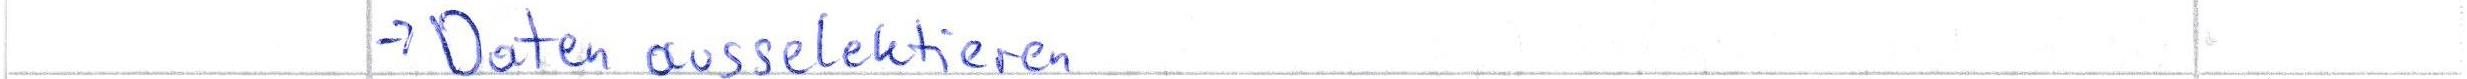
-> Daten ausselektieren